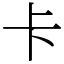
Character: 卡